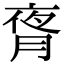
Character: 𬂃